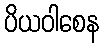
ပိယဝါစေန